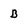
Character: B